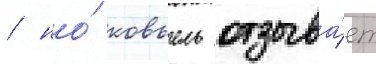
/ но́ ковьель отзыва́ет